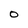
Character: O